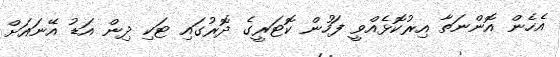
އެހެން އޮންނަތާ އިރުކޮޅެއްވީ ފަހުން ކޮޓަރީގެ ދޮރުގައި ޓަކި ދިން އަޑު އޭނައަށް